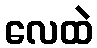
လေထဲ